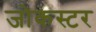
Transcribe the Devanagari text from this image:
जोकस्टर